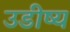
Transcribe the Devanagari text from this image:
उडीष्य